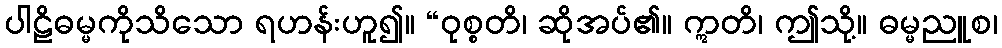
ပါဠိဓမ္မကိုသိသော ရဟန်းဟူ၍။ “ဝုစ္စတိ၊ ဆိုအပ်၏။ ဣတိ၊ ဤသို့။ ဓမ္မညူစ၊